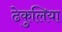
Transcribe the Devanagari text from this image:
ढेकुलिया